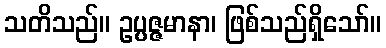
သတိသည်။ ဥပ္ပဇ္ဇမာနာ၊ ဖြစ်သည်ရှိသော်။